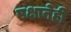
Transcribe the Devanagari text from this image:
पक्षानेही